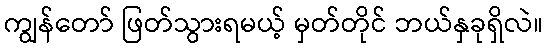
ကျွန်တော် ဖြတ်သွားရမယ့် မှတ်တိုင် ဘယ်နှခုရှိလဲ။